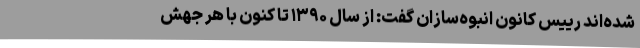
شده‌اند رییس کانون انبوه‌سازان گفت: از سال ۱۳۹۰ تا کنون با هر جهش